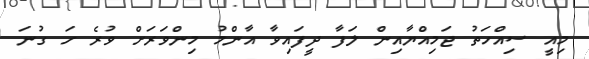
މިއީ ސިއްހަތު ޖަމިއްޔާއިން ލަފާ ދީފައިވާ އާންމު މިންވަރަށް ވުރެ ހަ ގުނަ